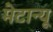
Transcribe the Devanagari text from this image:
मेटान्यू